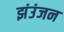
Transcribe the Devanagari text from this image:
झंउंजन